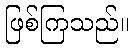
ဖြစ်ကြသည်။